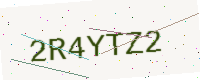
Text: 2R4YTZ2